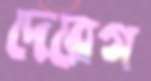
দেরেগ